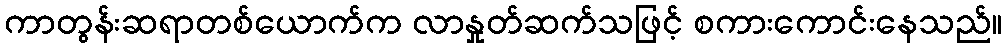
ကာတွန်းဆရာတစ်ယောက်က လာနှုတ်ဆက်သဖြင့် စကားကောင်းနေသည်။